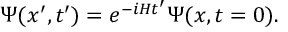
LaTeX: \Psi ( x ^ { \prime } , t ^ { \prime } ) = e ^ { - i H t ^ { \prime } } \Psi ( x , t = 0 ) .